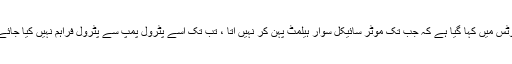
نوٹس میں کہا گیا ہے کہ جب تک موٹر سائیکل سوار ہیلمٹ پہن کر نہیں آتا ، تب تک اسے پٹرول پمپ سے پٹرول فراہم نہیں کیا جائے۔